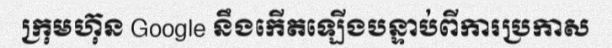
ក្រុមហ៊ុន Google នឹងកើតឡើងបន្ទាប់ពីការប្រកាស